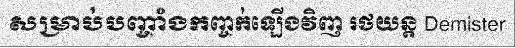
សម្រាប់បញ្ចាំងកញ្ចក់ឡើងវិញ រថយន្ត Demister